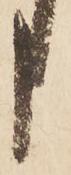
申